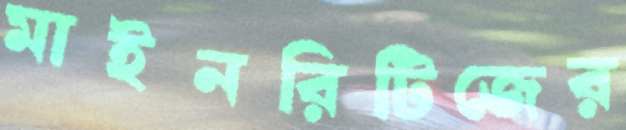
মাইনরিটিজের